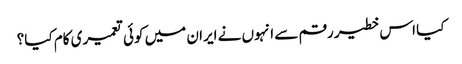
کیا اس خطیر رقم سے انہوں نے ایران میں کوئی تعمیری کام کیا؟